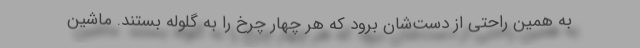
به همین راحتی از دست‌شان برود که هر چهار چرخ را به گلوله بستند. ماشین